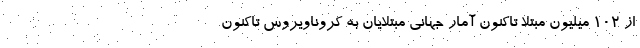
از ۱۰۲ میلیون مبتلا تاکنون آمار جهانیِ مبتلایان به کروناویروس تاکنون